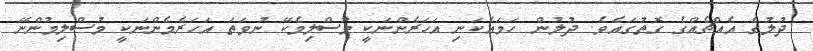
ދުލުގެ އެއްޗެއްގެ ގޮތުގައެވެ. ދުލުން ހަމައެކަނި އަހަރެންނަކީ މުސްލިމެކޭ ނުވަތަ އަހަރެމެންނަކީ މުސްލިމުންނޭ